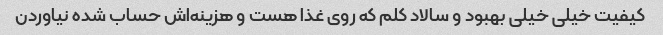
کیفیت خیلی خیلی بهبود و سالاد کلم که روی غذا هست و هزینه‌اش حساب شده نیاوردن